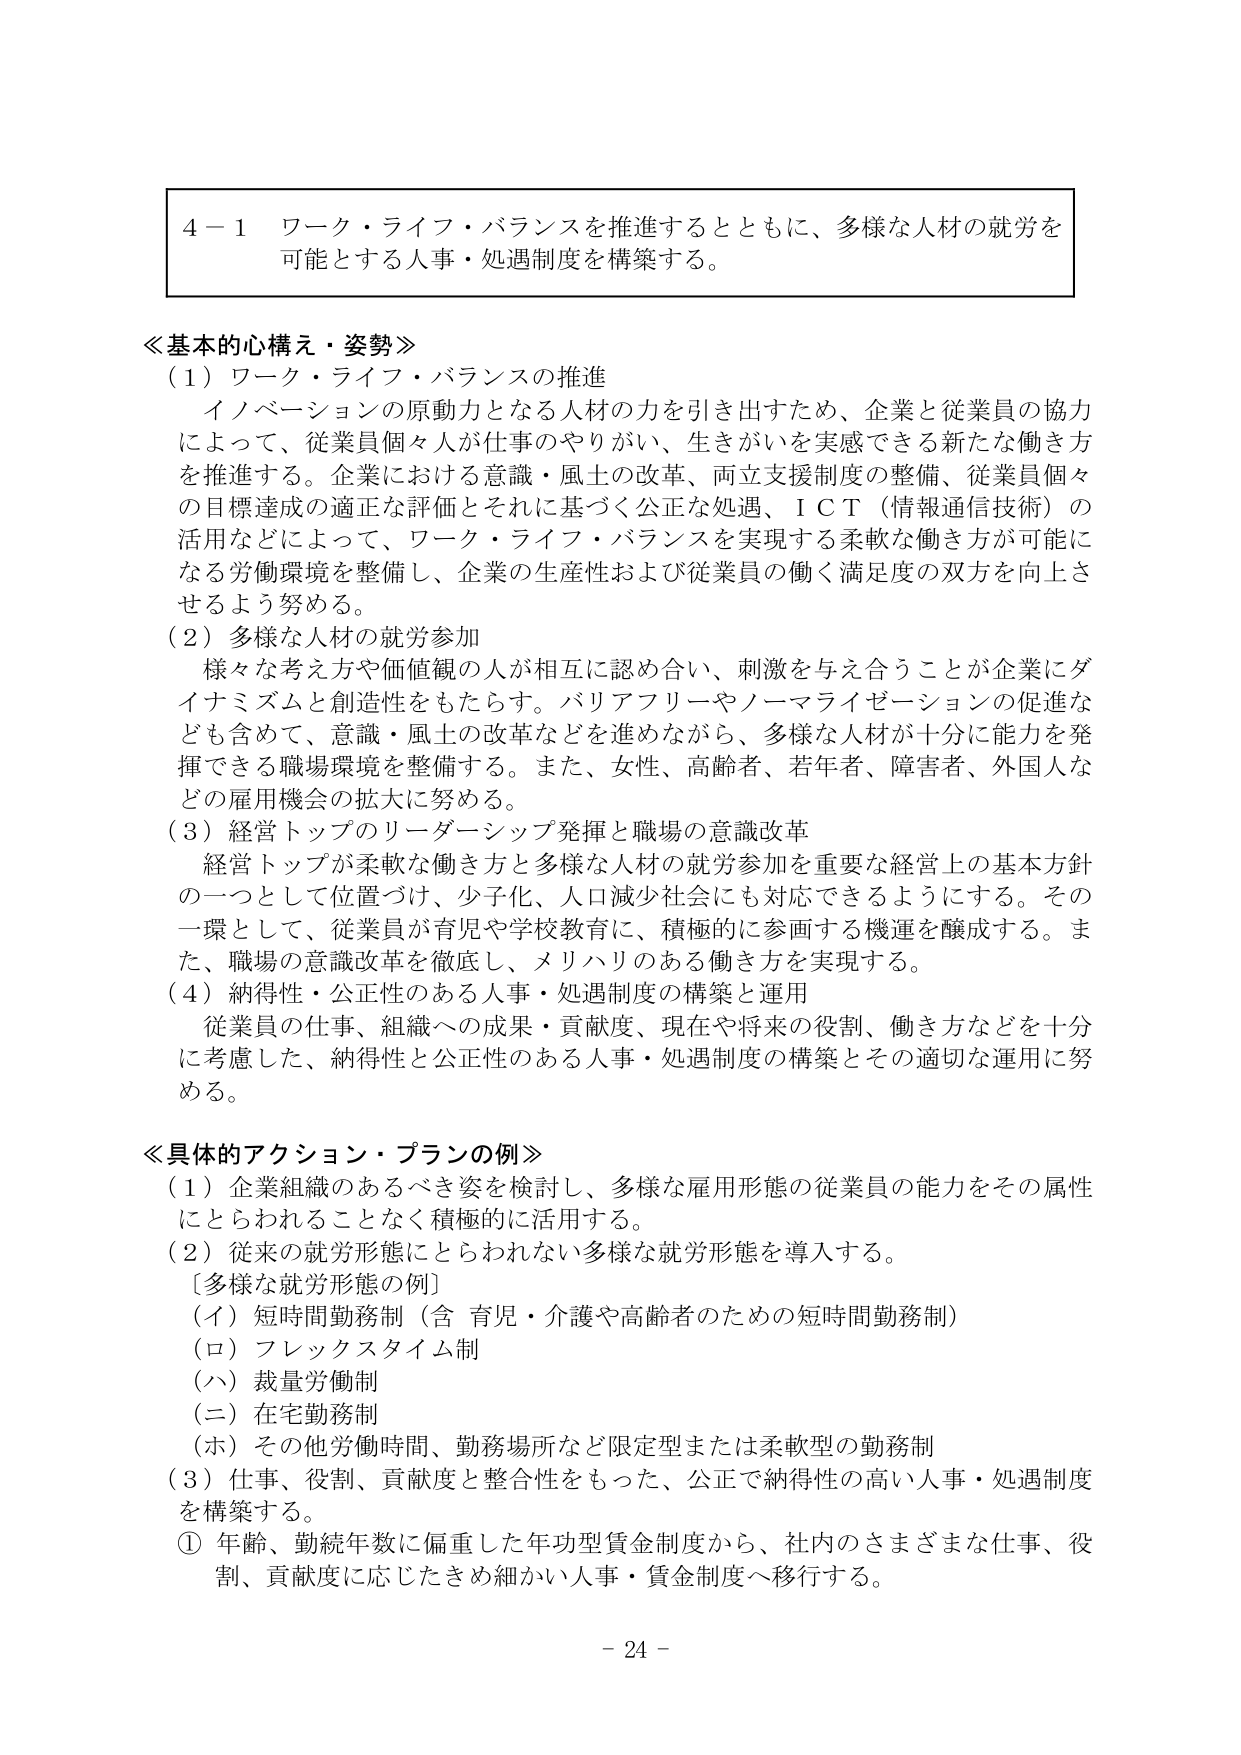
４－１ ワーク・ライフ・バランスを推進するとともに、多様な人材の就労を可能とする人事・処遇制度を構築する。

≪基本的心構え・姿勢≫
（１）ワーク・ライフ・バランスの推進
　イノベーションの原動力となる人材の力を引き出すため、企業と従業員の協力によって、従業員個々人が仕事のやりがい、生きがいを実感できる新たな働き方を推進する。企業における意識・風土の改革、両立支援制度の整備、従業員個々の目標達成の適正な評価とそれに基づく公正な処遇、ＩＣＴ（情報通信技術）の活用などによって、ワーク・ライフ・バランスを実現する柔軟な働き方が可能になる労働環境を整備し、企業の生産性および従業員の働く満足度の双方を向上させるよう努める。
（２）多様な人材の就労参加
　様々な考え方や価値観の人が相互に認め合い、刺激を与え合うことが企業にダイナミズムと創造性をもたらす。バリアフリーやノーマライゼーションの促進なども含めて、意識・風土の改革などを進めながら、多様な人材が十分に能力を発揮できる職場環境を整備する。また、女性、高齢者、若年者、障害者、外国人などの雇用機会の拡大に努める。
（３）経営トップのリーダーシップ発揮と職場の意識改革
　経営トップが柔軟な働き方と多様な人材の就労参加を重要な経営上の基本方針の一つとして位置づけ、少子化、人口減少社会にも対応できるようにする。その一環として、従業員が育児や学校教育に、積極的に参画する機運を醸成する。また、職場の意識改革を徹底し、メリハリのある働き方を実現する。
（４）納得性・公正性のある人事・処遇制度の構築と運用
　従業員の仕事、組織への成果・貢献度、現在や将来の役割、働き方などを十分に考慮した、納得性と公正性のある人事・処遇制度の構築とその適切な運用に努める。

≪具体的アクション・プランの例≫
（１）企業組織のあるべき姿を検討し、多様な雇用形態の従業員の能力をその属性にとらわれることなく積極的に活用する。
（２）従来の就労形態にとらわれない多様な就労形態を導入する。
　［多様な就労形態の例］
　（イ）短時間勤務制（含 育児・介護や高齢者のための短時間勤務制）
　（ロ）フレックスタイム制
　（ハ）裁量労働制
　（ニ）在宅勤務制
　（ホ）その他労働時間、勤務場所など限定型または柔軟型の勤務制
（３）仕事、役割、貢献度と整合性をもった、公正で納得性の高い人事・処遇制度を構築する。
　① 年齢、勤続年数に偏重した年功型賃金制度から、社内のさまざまな仕事、役割、貢献度に応じたきめ細かい人事・賃金制度へ移行する。

－ 24 －